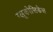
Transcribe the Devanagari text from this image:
ग्लूकोसिडेस